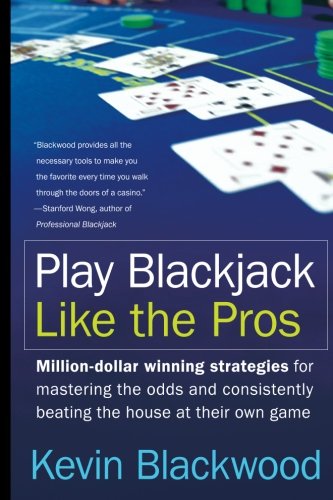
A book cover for Play Blackjack Like the Pros; Kevin Blackwood; Humor & Entertainment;